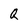
Character: Q